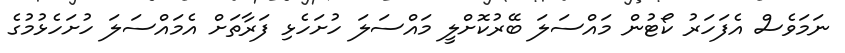
ނަމަވެސް އެފަހަރު ކޯޓުން މައްސަލަ ބޭރުކޮށްލީ މައްސަލަ ހުށަހެޅި ފަރާތަށް އެމައްސަލަ ހުށަހެޅުމުގެ